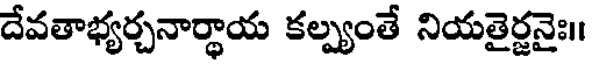
దేవతాభ్యర్చనార్థాయ కల్ప్యంతే నియతైర్జనైః।।